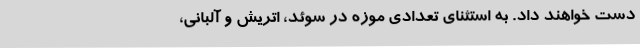
دست خواهند داد. به استثنای تعدادی موزه در سوئد،‌ اتریش و آلبانی،‌